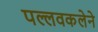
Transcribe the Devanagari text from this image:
पल्लवकलेने